Leningradi_Edasi_toimetus, lk 71
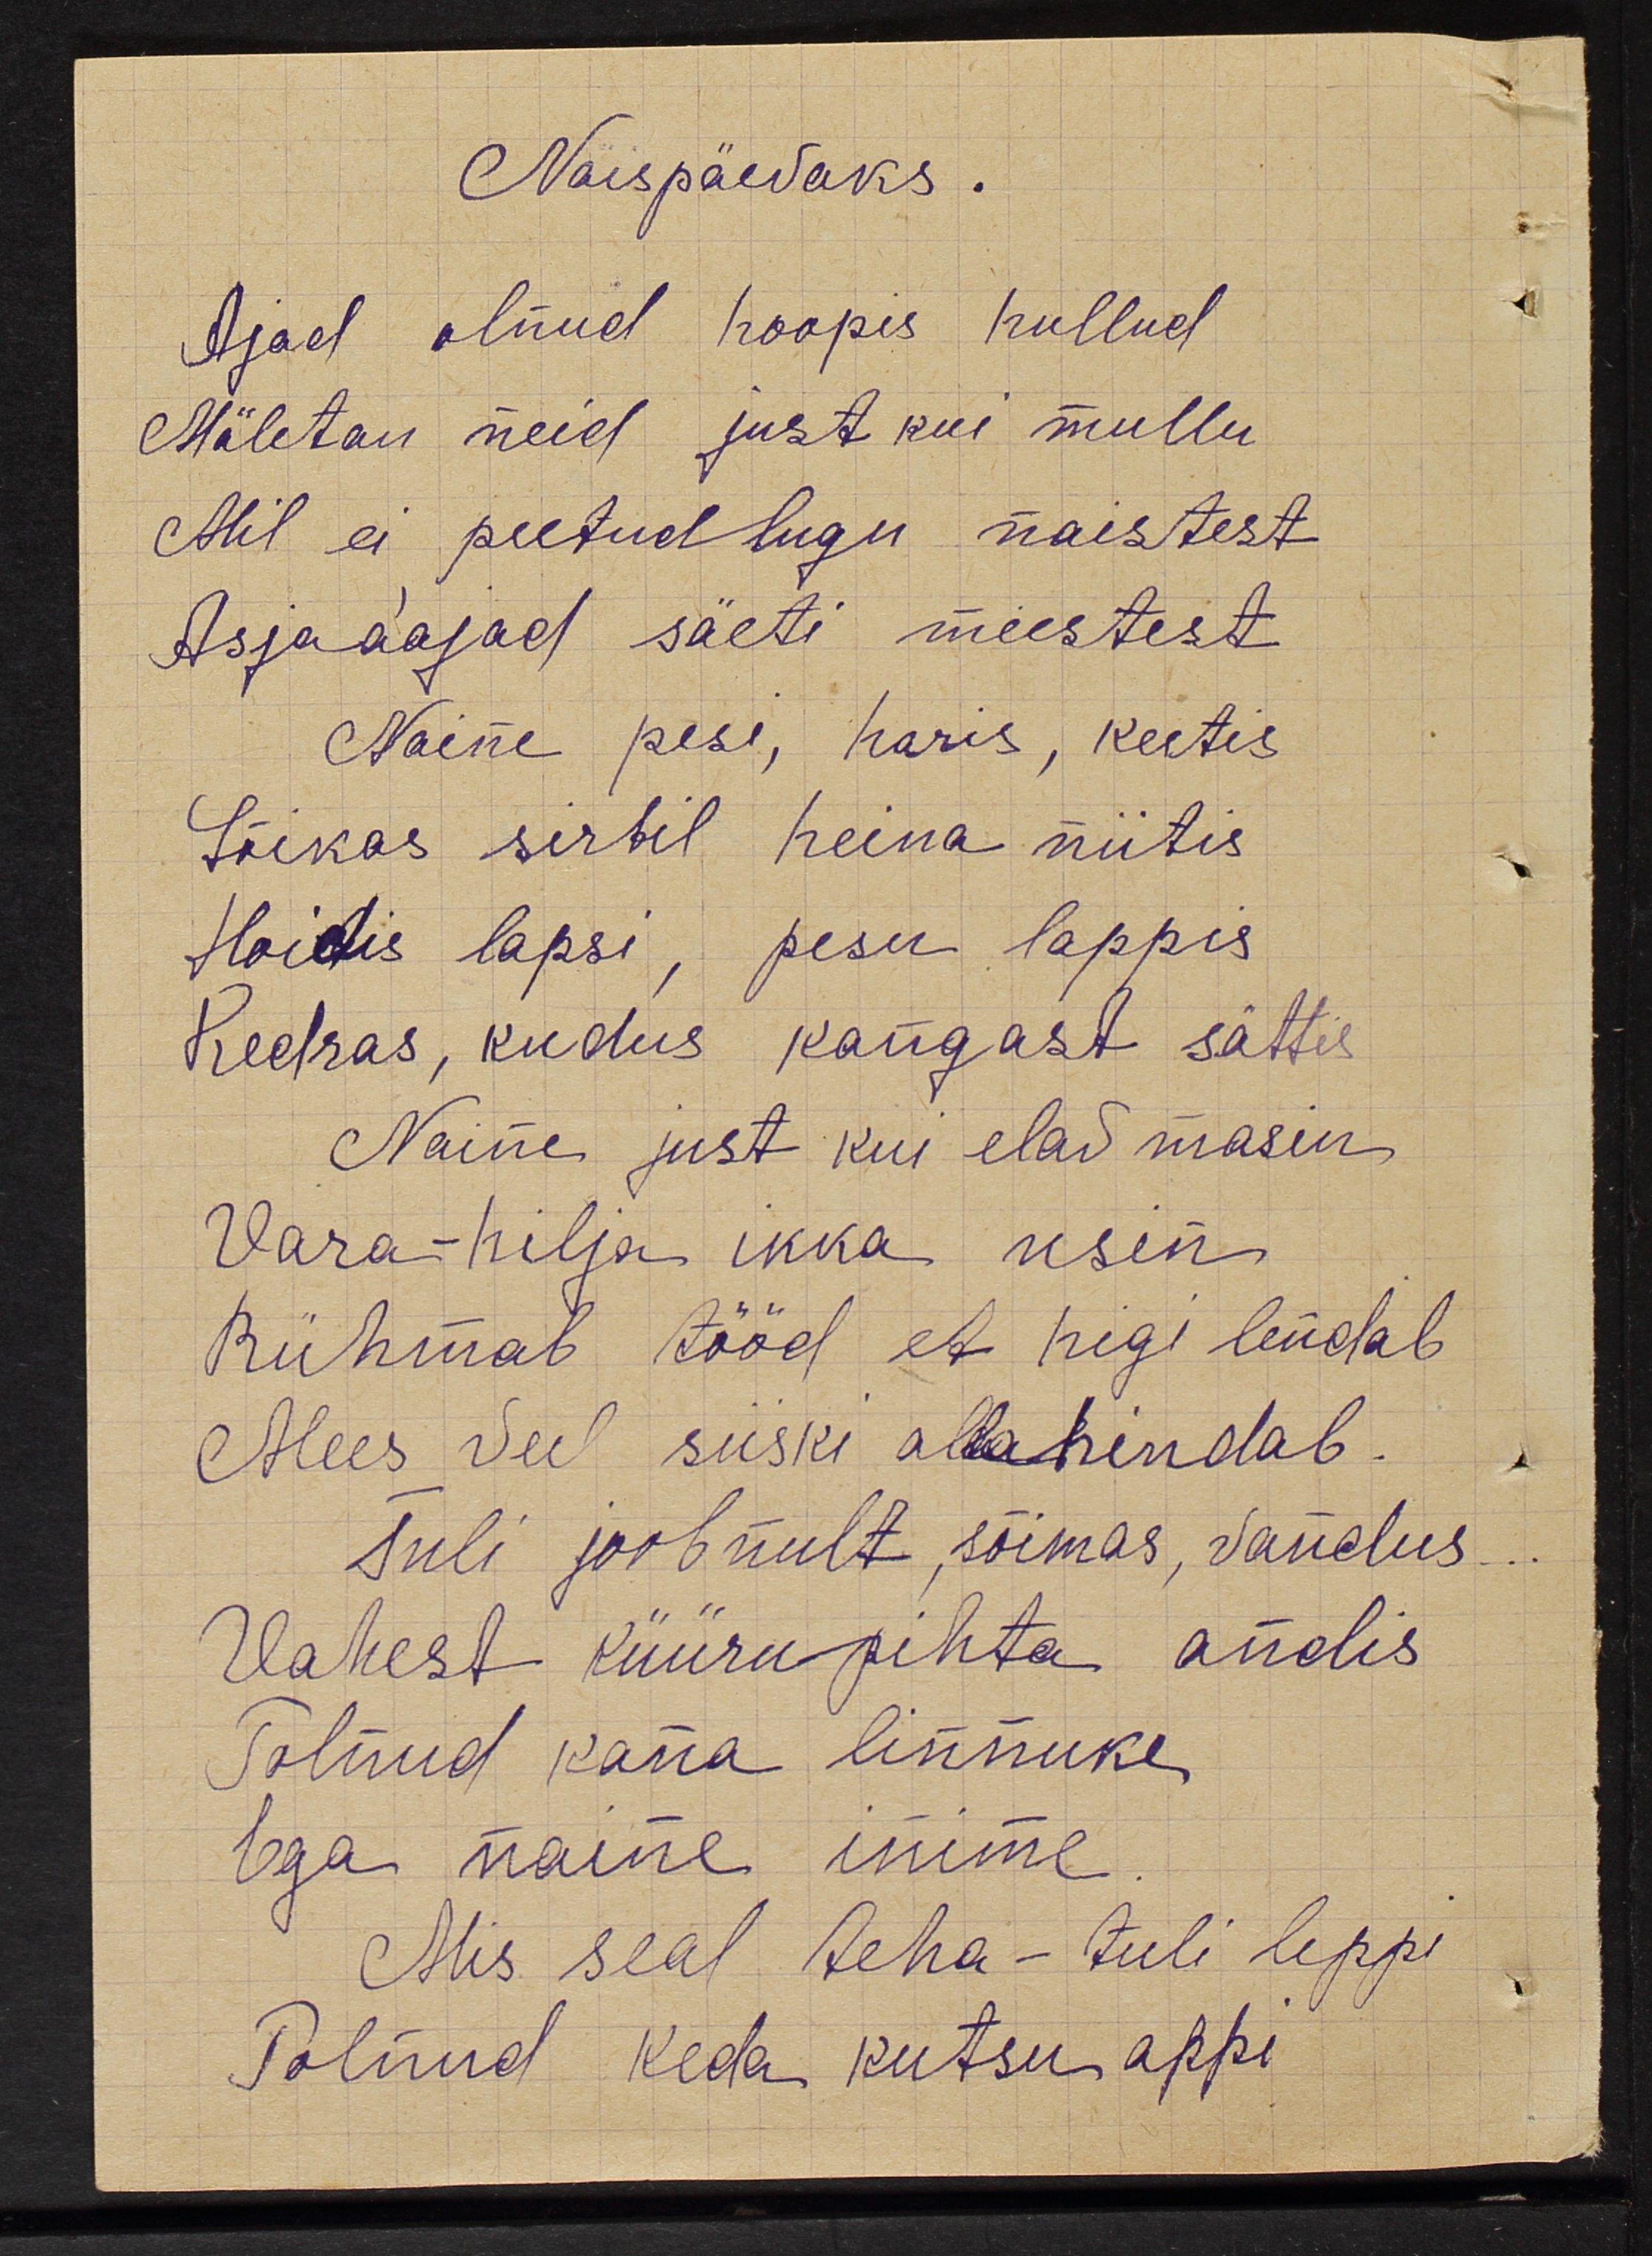
Naispäevaks
Ajad olnud hoopis hullud
Mäletan neid just kui mullu
Mil ei peetud lugu naistest
Asjaaajad säeti meestest
Naine pesi haris keetis
Lõikas sirbil heina niitis
Hoidis  lapsi pesu  lappis
Kedras, kudus kaug ast sättis
Naine just kui elad masin
Vara-hilja ikka  usin
Rühmab tööd et higi lendab
Mees veel siiski allahindab
Tuli joobunult, sõimas vandus
Vahest küüra pihta andis
Talnud kana linnuke
Ega naine inime
Mis seal teha-tuli leppi
Polnud keda kutsu appi